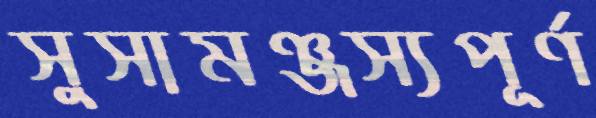
সুসামঞ্জস্যপূর্ণ